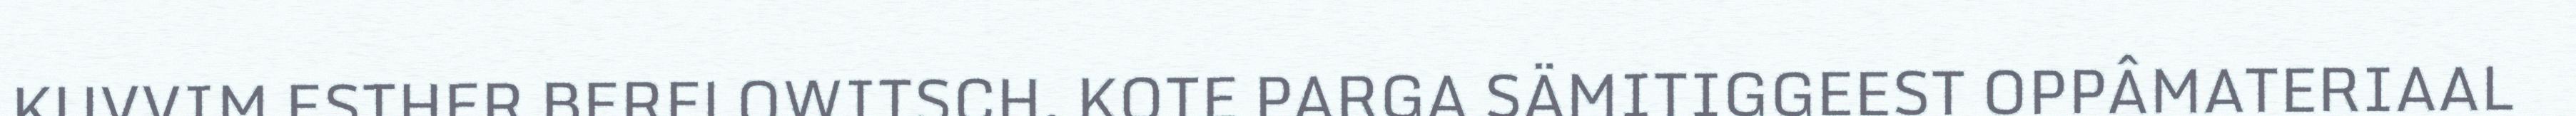
KUVVIM ESTHER BERELOWITSCH, KOTE PARGA SÄMITIGGEEST OPPÂMATERIAAL